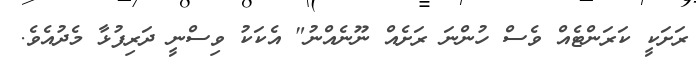
ރަށަކީ ކަރަންޓެއް ވެސް ހުންނަ ރަށެއް ނޫނެއްނު" އެކަކު ވިސްނީ ދަރިފުޅާ މެދުއެވެ.